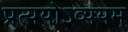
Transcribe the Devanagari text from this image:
प्रत्ययोऽव्ययम्